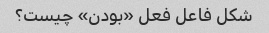
شکل فاعل فعل «بودن» چیست؟